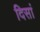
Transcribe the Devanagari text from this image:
दिसां